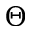
\Theta